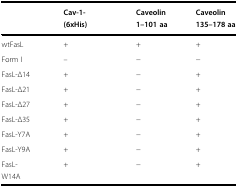
|  | Cav-1-(6xHis) | Caveolin 1–101 aa | Caveolin 135–178 aa |
 | --- | --- | --- | --- |
 | wtFasL | + | + | + |
 | Form I | – | − | − |
 | FasL-Δ14 | + | − | + |
 | FasL-Δ21 | + | − | + |
 | FasL-Δ27 | + | − | + |
 | FasL-Δ35 | + | − | + |
 | FasL-Y7A | + | − | + |
 | FasL-Y9A | + | − | + |
 | FasL-W14A | + | − | + |